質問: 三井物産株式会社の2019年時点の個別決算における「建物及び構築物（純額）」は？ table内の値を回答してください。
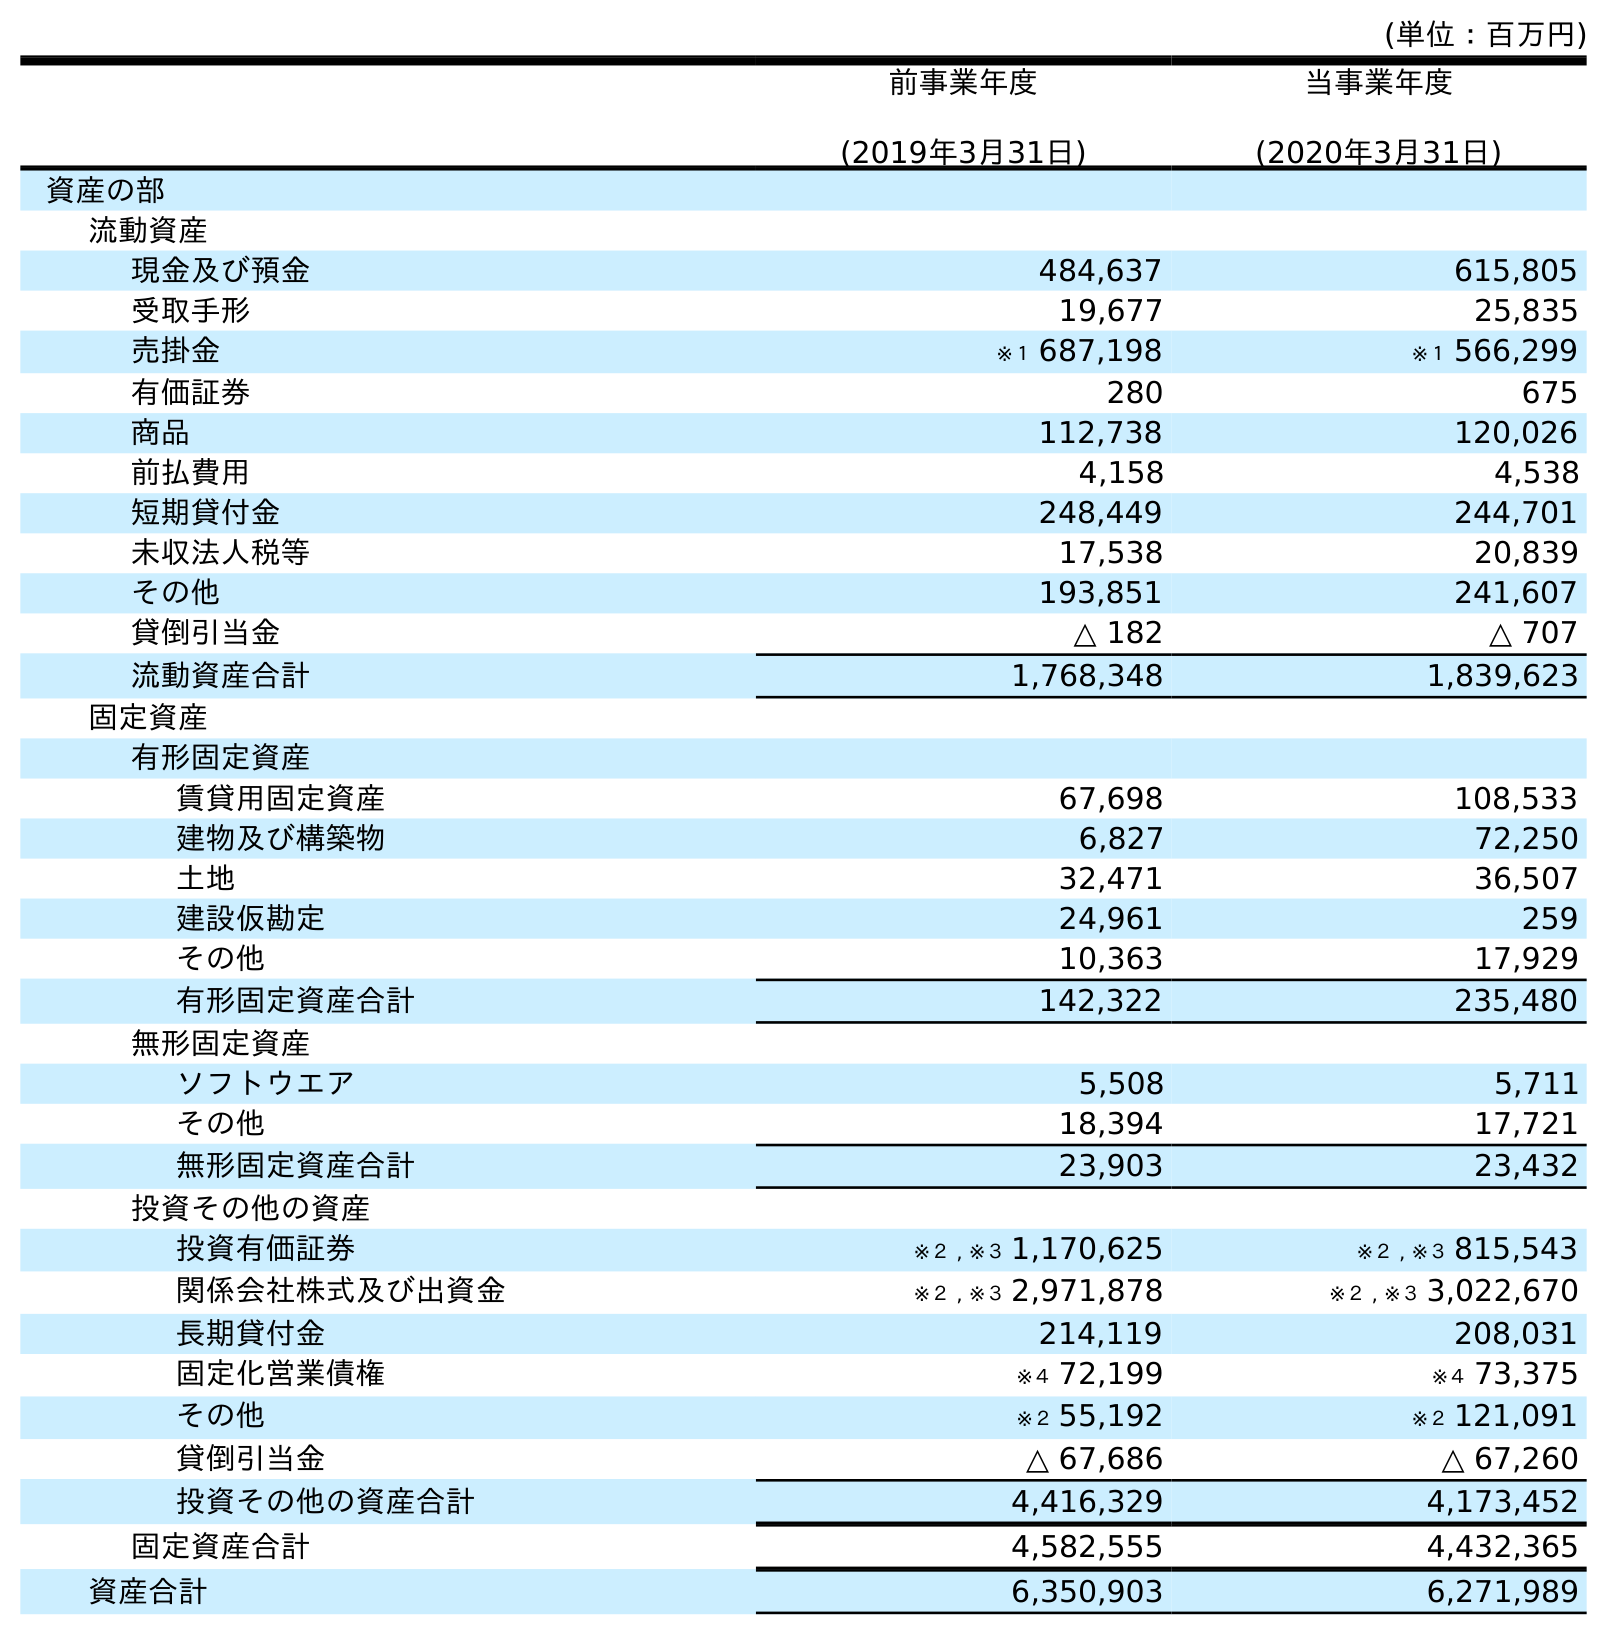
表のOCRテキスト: (単位：百万円) 前事業年度 (2019年3月31日) 当事業年度 (2020年3月31日) 資産の部 流動資産 現金及び預金 484,637 615,805 受取手形 19,677 25,835 売掛金 ※１ 687,198 ※１ 566,299 有価証券 280 675 商品 112,738 120,026 前払費用 4,158 4,538 短期貸付金 248,449 244,701 未収法人税等 17,538 20,839 その他 193,851 241,607 貸倒引当金 △ 182 △ 707 流動資産合計 1,768,348 1,839,623 固定資産 有形固定資産 賃貸用固定資産 67,698 108,533 建物及び構築物 6,827 72,250 土地 32,471 36,507 建設仮勘定 24,961 259 その他 10,363 17,929 有形固定資産合計 142,322 235,480 無形固定資産 ソフトウエア 5,508 5,711 その他 18,394 17,721 無形固定資産合計 23,903 23,432 投資その他の資産 投資有価証券 ※２ , ※３ 1,170,625 ※２ , ※３ 815,543 関係会社株式及び出資金 ※２ , ※３ 2,971,878 ※２ , ※３ 3,022,670 長期貸付金 214,119 208,031 固定化営業債権 ※４ 72,199 ※４ 73,375 その他 ※２ 55,192 ※２ 121,091 貸倒引当金 △ 67,686 △ 67,260 投資その他の資産合計 4,416,329 4,173,452 固定資産合計 4,582,555 4,432,365 資産合計 6,350,903 6,271,989
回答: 6,827